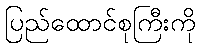
ပြည်ထောင်စုကြီးကို